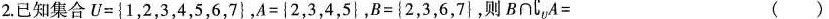
2.已知集合$$U =\left \{1，2，3，4，5，6，7 \right \}$$，$$A = \left \{2，3，4，5\right \}$$，$$B =\left \{ 2，3，6，7 \right \}$$，则$$B ∩ C _ { u } A =$$ ()